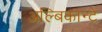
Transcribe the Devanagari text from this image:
अल्बिकान्टे